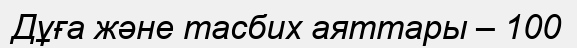
Дұға және тасбих аяттары – 100